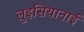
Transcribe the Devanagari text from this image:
लुइसियानाई